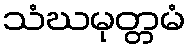
သံဃမုတ္တမံ